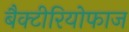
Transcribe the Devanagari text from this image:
बैक्टीरियोफाज